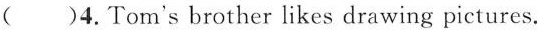
( )4.Tom's brother likes drawing pictures.